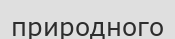
природного